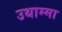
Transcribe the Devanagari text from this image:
उथाम्मा